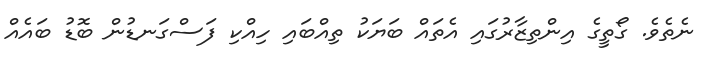
ނެތެވެ. ގޯތީގެ އިންތިޒާރުގައި އެތައް ބަޔަކު ތިއްބައި ހިއްކި ފަސްގަނޑުން ބޮޑު ބައެއް